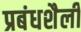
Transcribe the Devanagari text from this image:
प्रबंधशैली